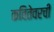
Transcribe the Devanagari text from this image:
कवितेवरची